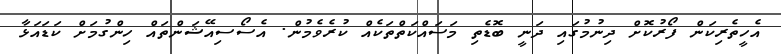
އެހީތެރިކަން ފޯރުކޮށް ދިނުމުގައި ދަނީ ބޮޑެތި މަސައްކަތްތަކެއް ކުރެވެމުން. އެސޯސިއޭޝަންތައް ހިންގުމަށް ކަޑައަޅާ